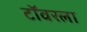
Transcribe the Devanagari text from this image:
टॉवरला